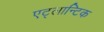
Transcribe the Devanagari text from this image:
एट्लान्टिक